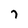
Character: 7